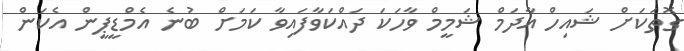
ގޮތަކަށް ޝައިހް އާދަމް ޝަމީމް ވާހަކަ ދައްކަވާފައިވާ ކަމަށް ބުނެ އެމްޑީޕީން އެކަން